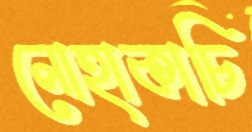
লোহাকাচি